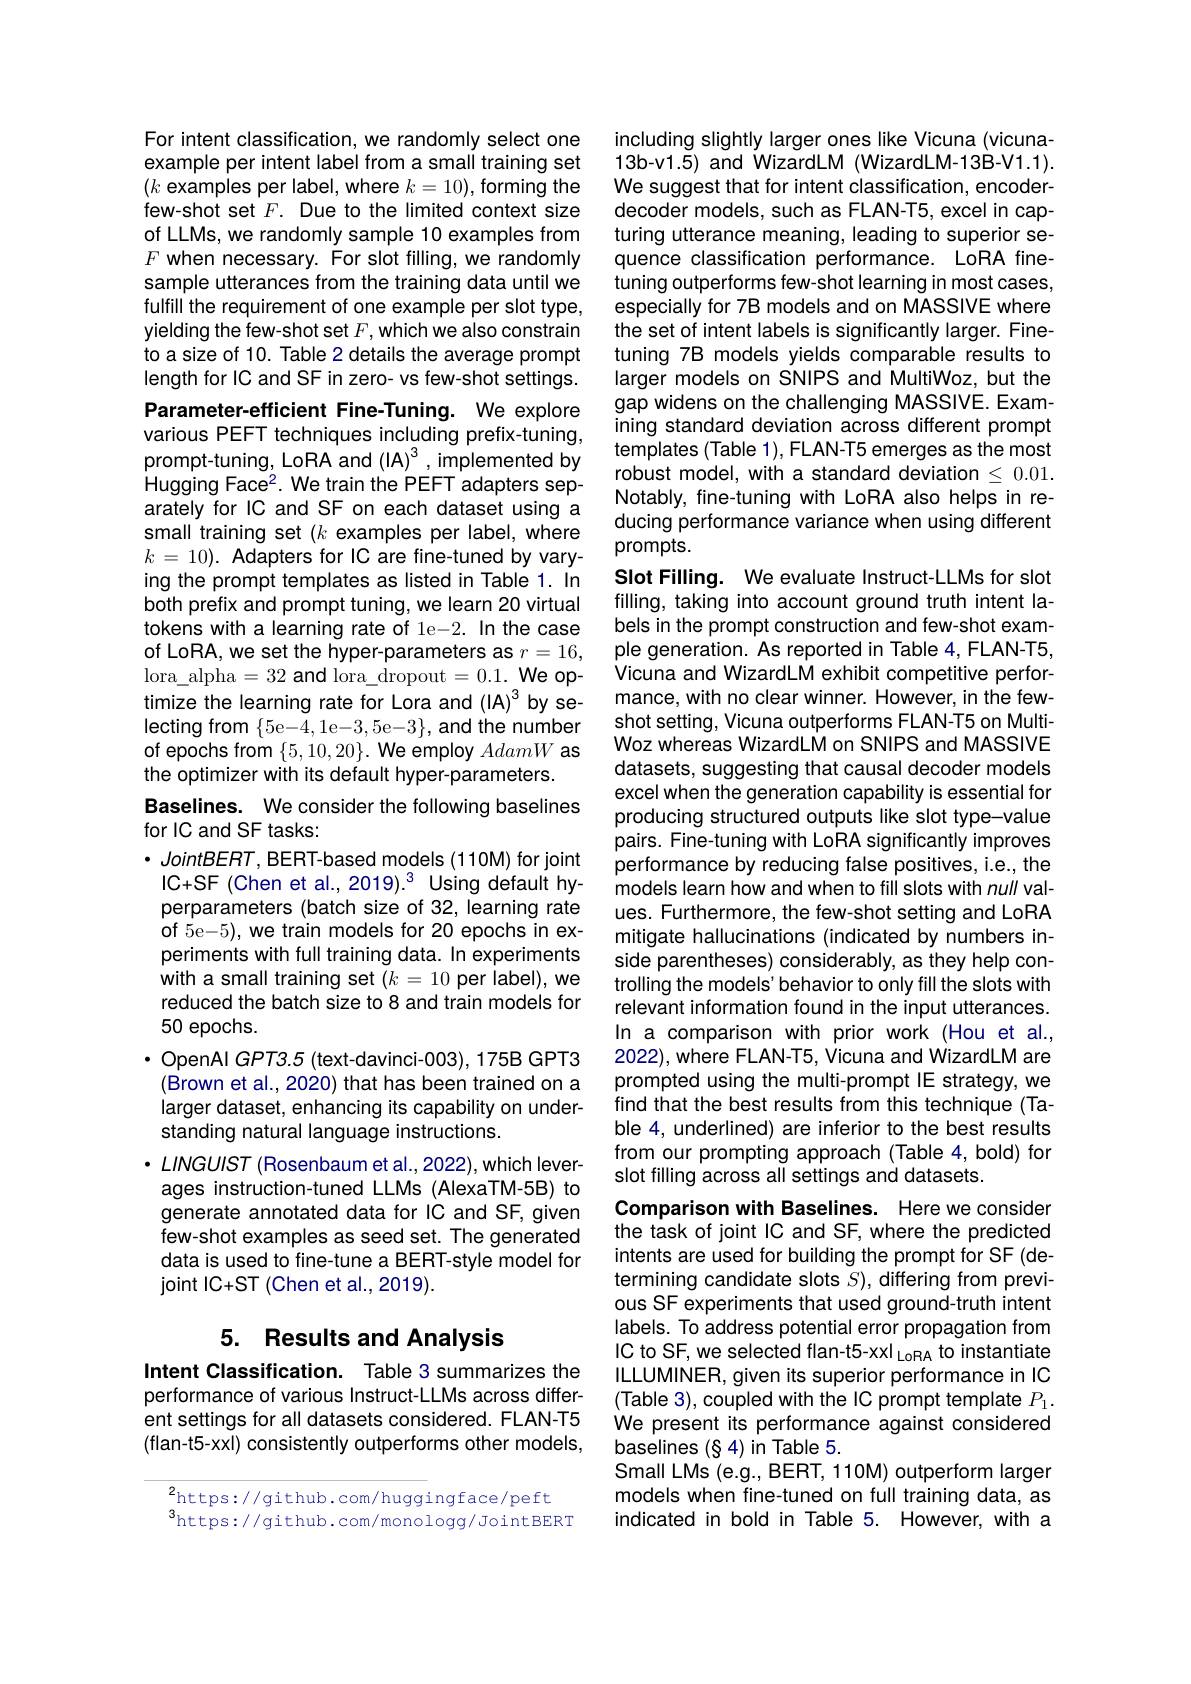
For intent classification, we randomly select one example per intent label from a small training set $(k$ examples per label, where $k=10)$, forming the few-shot set $F.$ Due to the limited context size of LLMs, we randomly sample 10 examples from $F$ when necessary. For slot filling, we randomly sample utterances from the training data until we fulfill the requirement of one example per slot type, yielding the few-shot set $F$,which we also constrain to a size of 10. Table 2 details the average prompt length for IC and SF in zero- vs few-shot settings. Parameter-efficient Fine-Tuning. We explore various PEFT techniques including prefix-tuning, prompt-tuning, LoRA and (IA$) ^3$, implemented by Hugging Face2. We train the PEFT adapters separately for IC and SF on each dataset using a small training set $(k$ examples per label, where $k=10).$ Adapters for IC are fine-tuned by varying the prompt templates as listed in Table 1. In both prefix and prompt tuning, we learn 20 virtual tokens with a learning rate of 1e-2. In the case of LoRA, we set the hyper-parameters as $r=16$, lora$\_$alpha= 32 and lora$\_$dropout= 0. 1. We op- timize the learning rate for Lora and (IA)$^3$ by selecting from $\{ 5$e- $\tilde{4} , 1$e-3,5e-3$\}$,and the number of epochs from $\{5,10,20\}.$ We employ AdamW as the optimizer with its default hyper-parameters.
Baselines. We consider the following baselines
for IC and SF tasks:
$\cdot JointBERT$, BERT-based models (110M) for joint IC+SF(Chen et al.,2019).3 Using default hyperparameters (batch size of 32, learning rate of 5e-5), we train models for 20 epochs in experiments with full training data. In experiments with a small training set $(k=10$ per label), we reduced the batch size to 8 and train models for 50 epochs.
$\cdot$ OpenAl GPT3.5 (text-davinci-003), 175B GPT3
(Brown et al., 2020) that has been trained on a larger dataset, enhancing its capability on understanding natural language instructions.
$\cdot LINGUIST$ (Rosenbaum et al.,2022),which leverages instruction-tuned LLMs (AlexaTM-5B) to generate annotated data for IC and SF, given few-shot examples as seed set. The generated data is used to fine-tune a BERT-style model for joint IC+ ST ( Chen et al. , 2019) .

# 5. Results and Analysis

Intent Classification. Table 3 summarizes the performance of various Instruct-LLMs across different settings for all datasets considered. FLAN-T5 (flan-t5-xxl) consistently outperforms other models,

${}_{2}$https://github.com/huggingface/peft
$^{3}$https://github.com/monologg/JointBERT

including slightly larger ones like Vicuna (vicuna- 13b-v1.5) and WizardLM (WizardLM-13B-V1.1). We suggest that for intent classification, encoderdecoder models, such as FLAN-T5, excel in capturing utterance meaning, leading to superior sequence classification performance. LoRA finetuning outperforms few-shot learning in most cases, especially for 7B models and on MASSIVE where the set of intent labels is significantly larger. Finetuning 7B models yields comparable results to larger models on SNIPS and MultiWoz, but the gap widens on the challenging MASSIVE. Examining standard deviation across different prompt templates (Table 1), FLAN-T5 emerges as the most robust model, with a standard deviation $\leq0.01.$ Notably, fine-tuning with LoRA also helps in reducing performance variance when using different prompts.
Slot Filling. We evaluate Instruct-LLMs for slot

filling, taking into account ground truth intent labels in the prompt construction and few-shot example generation. As reported in Table 4, FLAN-T5, Vicuna and WizardLM exhibit competitive performance, with no clear winner. However, in the fewshot setting, Vicuna outperforms FLAN-T5 on MultiWoz whereas WizardLM on SNIPS and MASSIVE datasets, suggesting that causal decoder models excel when the generation capability is essential for producing structured outputs like slot type-value pairs. Fine-tuning with LoRA significantly improves performance by reducing false positives, i.e., the models learn how and when to fill slots with null values. Furthermore, the few-shot setting and LoRA mitigate hallucinations (indicated by numbers inside parentheses) considerably, as they help controlling the models' behavior to only fill the slots with relevant information found in the input utterances. In a comparison with prior work (Hou et al., 2022), where FLAN-T5, Vicuna and WizardLM are prompted using the multi-prompt IE strategy, we find that the best results from this technique (Table 4, underlined) are inferior to the best results from our prompting approach (Table 4, bold) for slot filling across all settings and datasets.
Comparison with Baselines. Here we considen the task of joint IC and SF, where the predicted intents are used for building the prompt for SF(determining candidate slots $S)$, differing from previous SF experiments that used ground-truth intent labels. To address potential error propagation from

IC to SF, we selected flan-t5-xxl LoRA to instantiate ILLUMINER, given its superior performance in IC (Table 3), coupled with the IC prompt template $P_1.$ We present its performance against considered baselines (84) in Table 5.
Small LMs (e.g., BERT, 110M) outperform larger models when fine-tuned on full training data, as indicated in bold in Table 5. However, with a